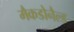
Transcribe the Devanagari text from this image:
मैकडोनैल्ड